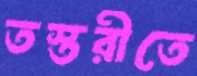
তস্তরীতে